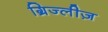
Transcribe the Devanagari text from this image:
ग्रिज्लीज़